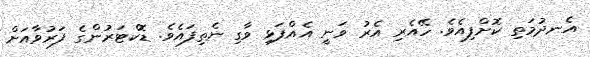
އެނދުމަތި ކޮށްފިއެވެ. ހޭއެރި އެރު ވަނީ އެއްފަޅި ވާގި ނެތިފައެވެ. ޑޮކްޓަރުންގެ ފަރުވާއަށް